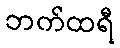
ဘက်ထရီ